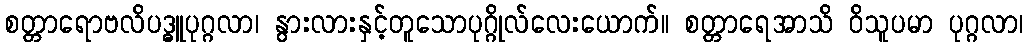
စတ္တာရောဗလိပဒ္ဓူပုဂ္ဂလာ၊ နွားလားနှင့်တူသောပုဂ္ဂိုလ်လေးယောက်။ စတ္တာရေအာသိ ဝိသူပမာ ပုဂ္ဂလာ၊